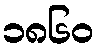
၁၈၆၀